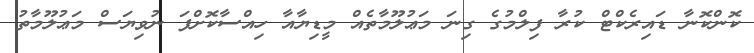
ކޮންކޮނާ ޑައިރެކްޓް ކުރާ ފިލްމުގެ ގިނަ މަޢުލޫމާތެއް މީޑިޔާއާ ހިއްސާކޮށްފަ ނުވިޔަސް މަޢުލޫމާތު